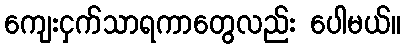
ကျေးငှက်သာရကာတွေလည်း ပေါမယ်။